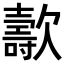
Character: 𣤫